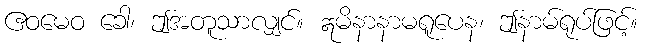
ဧဝမေဝ ခေါ၊ ဤအတူသာလျှင်။ ဣမိနာနာမရူပေန၊ ဤနာမ်ရုပ်ဖြင့်။